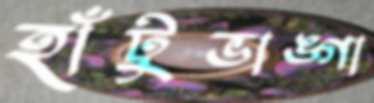
হাঁটুভাঙ্গা